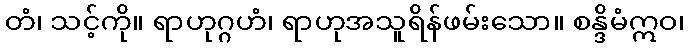
တံ၊ သင့်ကို။ ရာဟုဂ္ဂဟံ၊ ရာဟုအသူရိန်ဖမ်းသော။ စန္ဒိမံဣဝ၊